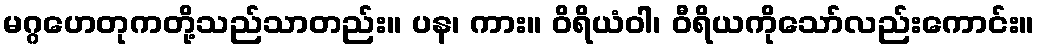
မဂ္ဂဟေတုကတို့သည်သာတည်း။ ပန၊ ကား။ ဝိရိယံဝါ၊ ဝီရိယကိုသော်လည်းကောင်း။